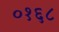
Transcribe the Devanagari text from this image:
०१६८